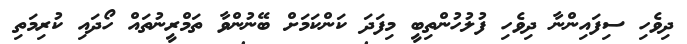
ދިވެހި ސިފައިންނާ ދިވެހި ފުލުހުންތިބީ މިފަދަ ކަންކަމަށް ބޭނުންވާ ތަމްރީނުތައް ހޯދައި ކުރިމަތި